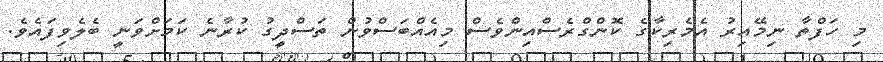
މި ހަފްތާ ނިމޭއިރު އެމެރިކާގެ ކޮންގްރެސްއިންވެސް މިއެއްބަސްވުން ތަސްދީގު ކުރާނެ ކަމަށްވަނީ ބެލެވިފައެވެ.